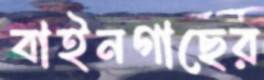
বাইনগাছের